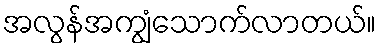
အလွန်အကျွံသောက်လာတယ်။